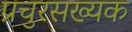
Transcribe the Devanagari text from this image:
प्रचुरसख्यक